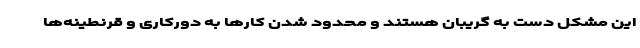
این مشکل دست به گریبان هستند و محدود شدن کارها به دورکاری و قرنطینه‌ها